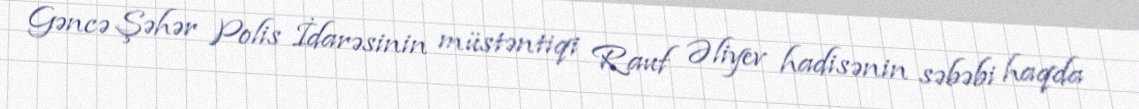
Gəncə Şəhər Polis İdarəsinin müstəntiqi Rauf Əliyev hadisənin səbəbi haqda